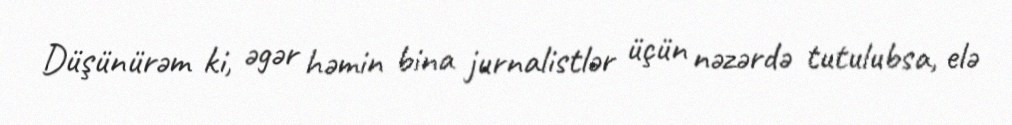
Düşünürəm ki, əgər həmin bina jurnalistlər üçün nəzərdə tutulubsa, elə